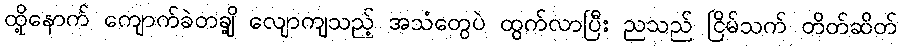
ထို့နောက် ကျောက်ခဲတချို့ လျောကျသည့် အသံတွေပဲ ထွက်လာပြီး ညသည် ငြိမ်သက် တိတ်ဆိတ်